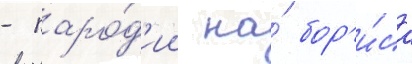
- паро́д'ии на́ бор'и́са